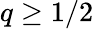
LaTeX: q\ge 1/2